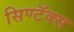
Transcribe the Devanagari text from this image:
सिण्टॅक्स